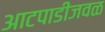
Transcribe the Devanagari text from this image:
आटपाडीजवळ